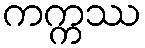
ကက္ကဿ